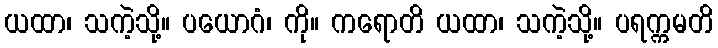
ယထာ၊ သကဲ့သို့။ ပယောဂံ၊ ကို။ ကရောတိ ယထာ၊ သကဲ့သို့။ ပရက္ကမတိ